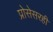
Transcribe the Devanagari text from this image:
प्रोसेसरही